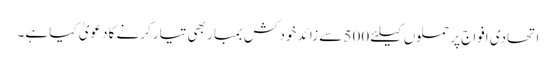
اتحادی افواج پر حملوں کیلئے 500 سے زائد خود کش بمبار بھی تیار کرنے کادعویٰ کیا ہے۔